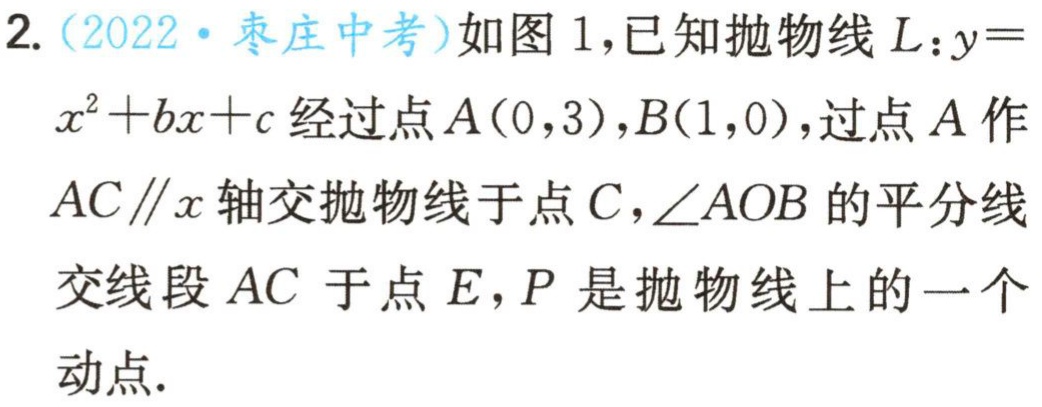
2.（2022·枣庄中考）如图1，已知抛物线\(L:y = x^{2}+bx + c\)经过点\(A(0,3)\)，\(B(1,0)\)，过点\(A\)作\(AC\parallel x\)轴交抛物线于点\(C\)，\(\angle AOB\)的平分线交线段\(AC\)于点\(E\)，\(P\)是抛物线上的一个动点.